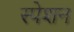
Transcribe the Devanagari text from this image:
स्पेशन